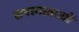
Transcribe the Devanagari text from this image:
सप्तमाताओं